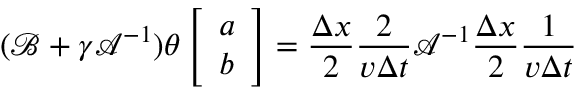
( \boldsymbol { \mathcal { B } } + \gamma \boldsymbol { \mathcal { A } } ^ { - 1 } ) \theta \left[ \begin{array} { l } { a } \\ { b } \end{array} \right] = \frac { \Delta x } { 2 } \frac { 2 } { v \Delta t } \boldsymbol { \mathcal { A } } ^ { - 1 } \frac { \Delta x } { 2 } \frac { 1 } { v \Delta t }